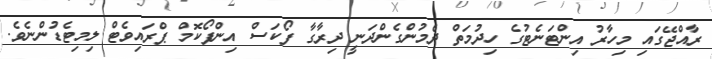
ރާއްޖޭގައި މިހާރު އިންޓަނެޓުގެ ހިދުމަތް ދެމުންގެންދަނީ ދިރާގާ ފޯކަސް އިންފޯކޮމް ޕްރައިވެޓް ލިމިޓެޑުންނެވެ.